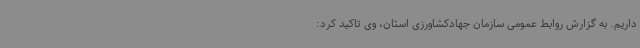
داریم. به گزارش روابط عمومی سازمان جهادکشاورزی استان، وی تاکید کرد: